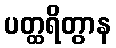
ပတ္ထရိတွာန